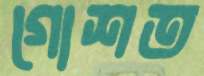
গোশত